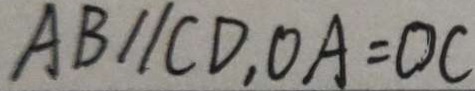
A B / / C D , O A = O C